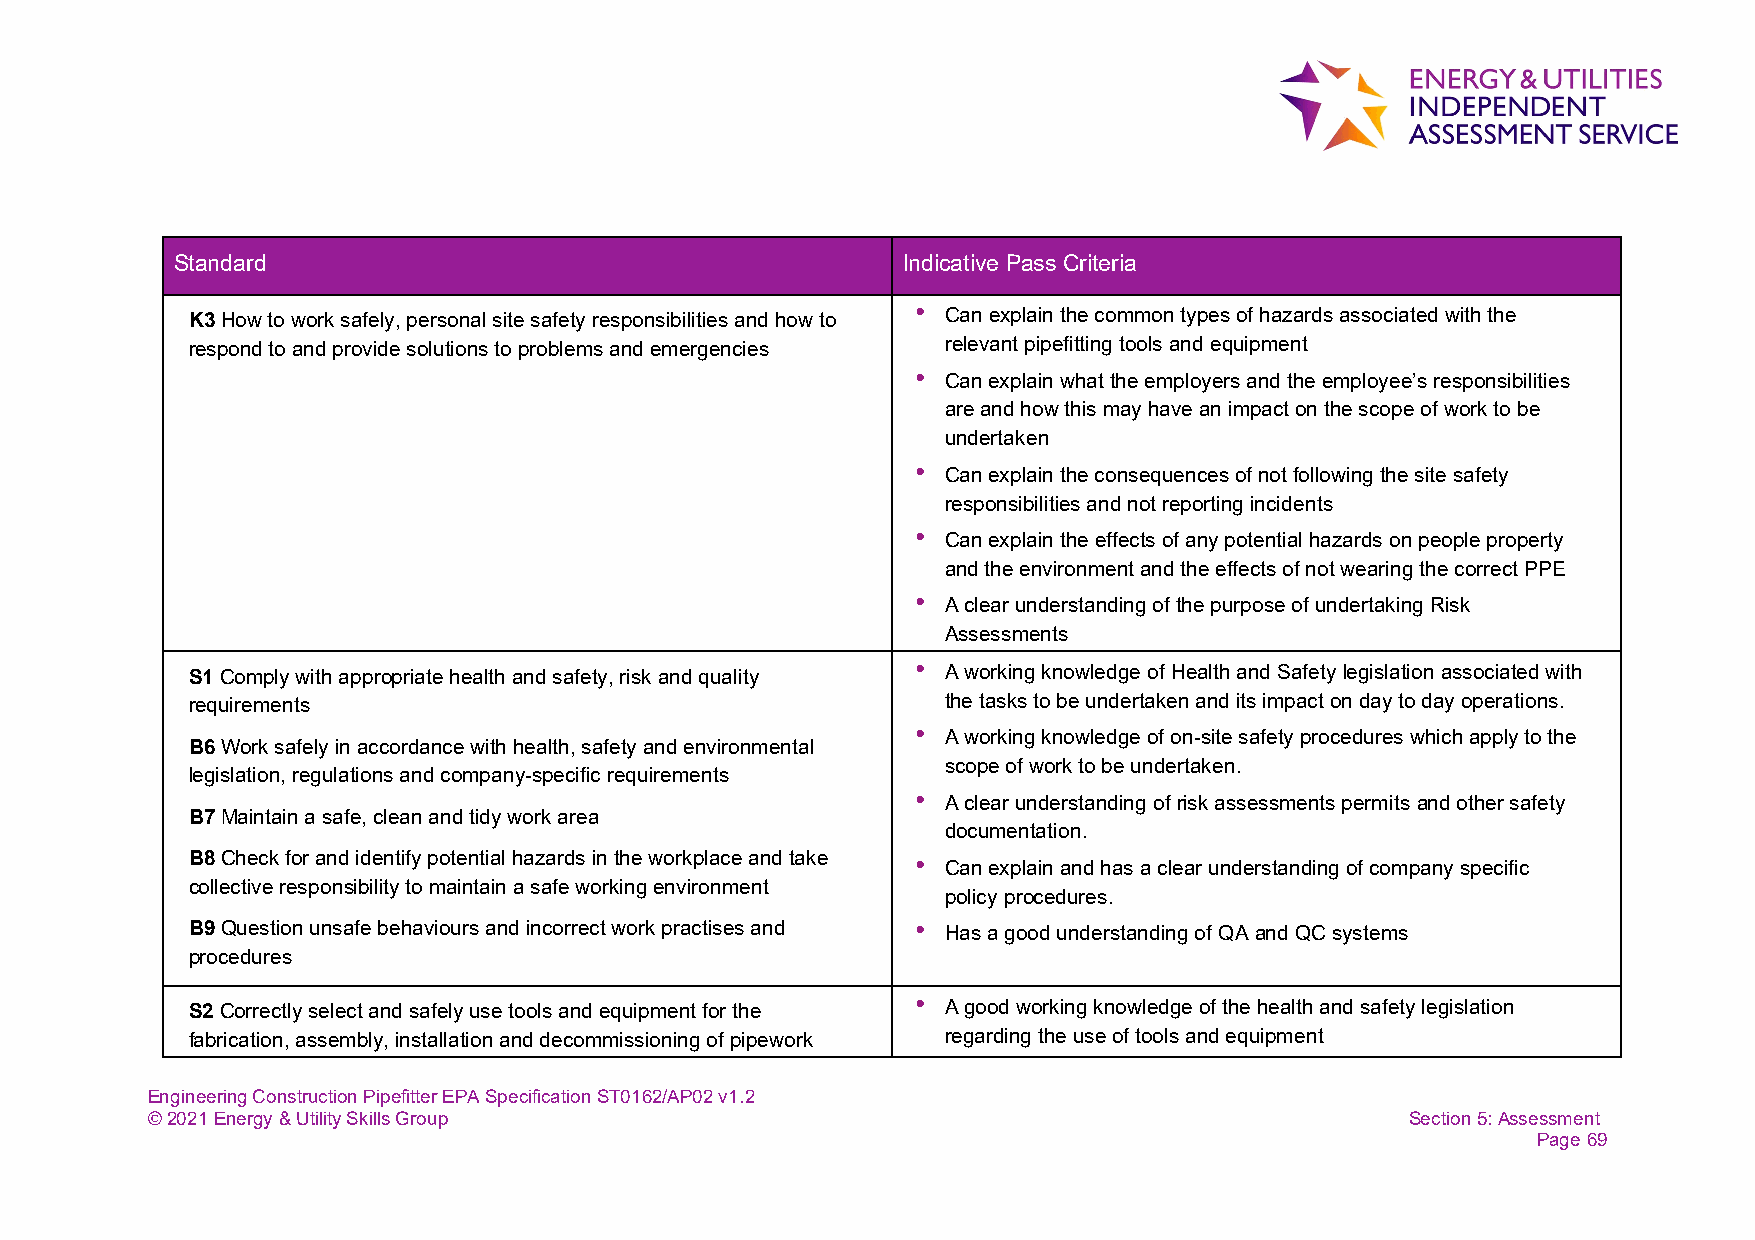
Standard                                        Indicative Pass Criteria
 K3 How to work safely, personal site safety responsibilities and how to • Can explain the common types of hazards associated with the
 respond to and provide solutions to problems and emergencies relevant pipefitting tools and equipment
 • Can explain what the employers and the employee’s responsibilities
 are and how this may have an impact on the scope of work to be
 undertaken
 • Can explain the consequences of not following the site safety
 responsibilities and not reporting incidents
 • Can explain the effects of any potential hazards on people property
 and the environment and the effects of not wearing the correct PPE
 • A clear understanding of the purpose of undertaking Risk
 Assessments
 S1 Comply with appropriate health and safety, risk and quality • A working knowledge of Health and Safety legislation associated with
 requirements                                       the tasks to be undertaken and its impact on day to day operations.
 • A working knowledge of on-site safety procedures which apply to the
 B6 Work safely in accordance with health, safety and environmental
 scope of work to be undertaken.
 legislation, regulations and company-specific requirements
 • A clear understanding of risk assessments permits and other safety
 B7 Maintain a safe, clean and tidy work area
 documentation.
 B8 Check for and identify potential hazards in the workplace and take • Can explain and has a clear understanding of company specific
 collective responsibility to maintain a safe working environment
 policy procedures.
 B9 Question unsafe behaviours and incorrect work practises and • Has a good understanding of QA and QC systems
 procedures
 S2 Correctly select and safely use tools and equipment for the • A good working knowledge of the health and safety legislation
 fabrication, assembly, installation and decommissioning of pipework regarding the use of tools and equipment
 Engineering Construction Pipefitter EPA Specification ST0162/AP02 v1.2
 © 2021 Energy & Utility Skills Group                                               Section 5: Assessment
 Page 69